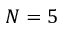
N = 5